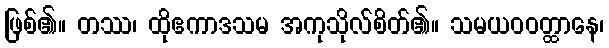
ဖြစ်၏။ တဿ၊ ထိုဧကာဒသမ အကုသိုလ်စိတ်၏။ သမယဝဝတ္ထာနေ၊